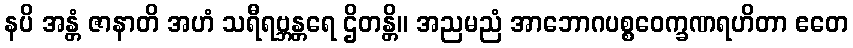
နပိ အန္တံ ဇာနာတိ အဟံ သရီရဗ္ဘန္တရေ ဌိတန္တိ။ အညမညံ အာဘောဂပစ္စဝေက္ခဏရဟိတာ ဧတေ